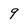
Character: 9